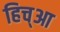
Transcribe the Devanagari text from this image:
हिच्आ